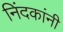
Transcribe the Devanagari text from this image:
निंदकांनी